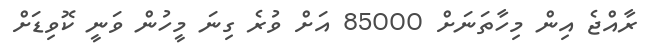
ރާއްޖެ އިން މިހާތަނަށް 85000 އަށް ވުރެ ގިނަ މީހުން ވަނީ ކޮވިޑަށް